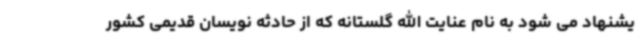
یشنهاد می شود به نام عنایت الله گلستانه که از حادثه نویسان قدیمی کشور